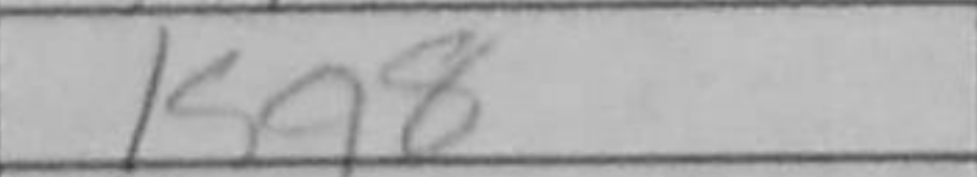
Transcription: Kg8